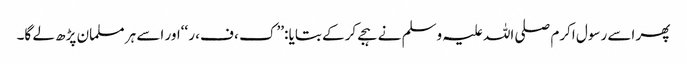
پھر اسے رسول اکرم صلی اللہ علیہ وسلم نے ہجے کرکے بتایا :’’ک ، ف، ر ‘‘اور اسے ہر مسلمان پڑھ لے گا۔